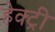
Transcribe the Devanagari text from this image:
हेक्ट्री